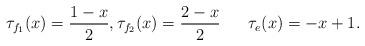
LaTeX: \begin{align*}\tau_{f_1}(x)=\frac{1-x}{2}, \tau_{f_2}(x)=\frac{2-x}{2}\;\;\;\;\;\; \tau_{e}(x)=-x+1.\end{align*}